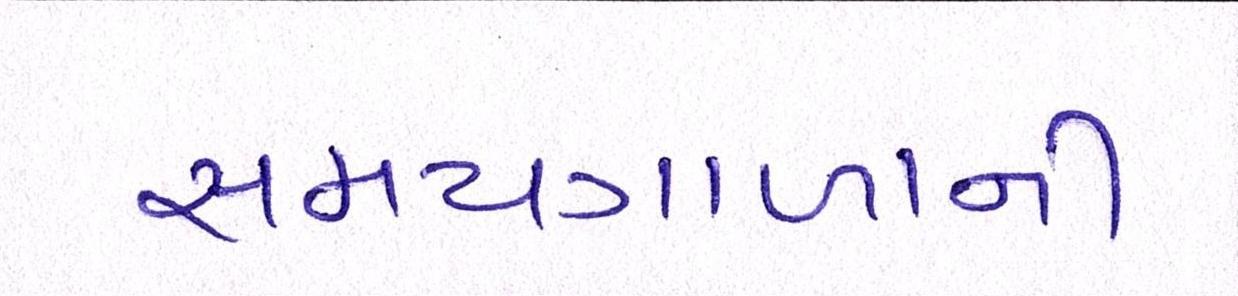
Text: સમયગાળાની